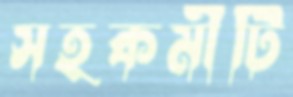
সহকর্মীটি